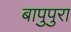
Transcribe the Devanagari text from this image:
बापुपुरा